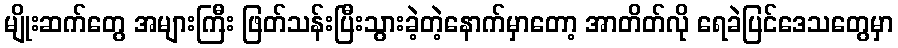
မျိုးဆက်တွေ အများကြီး ဖြတ်သန်းပြီးသွားခဲ့တဲ့နောက်မှာတော့ အာတိတ်လို ရေခဲပြင်ဒေသတွေမှာ